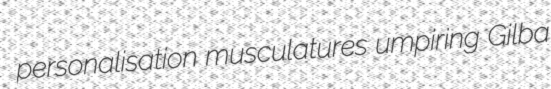
personalisation musculatures umpiring Gilba